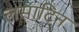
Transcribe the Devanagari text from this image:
लसाटिन